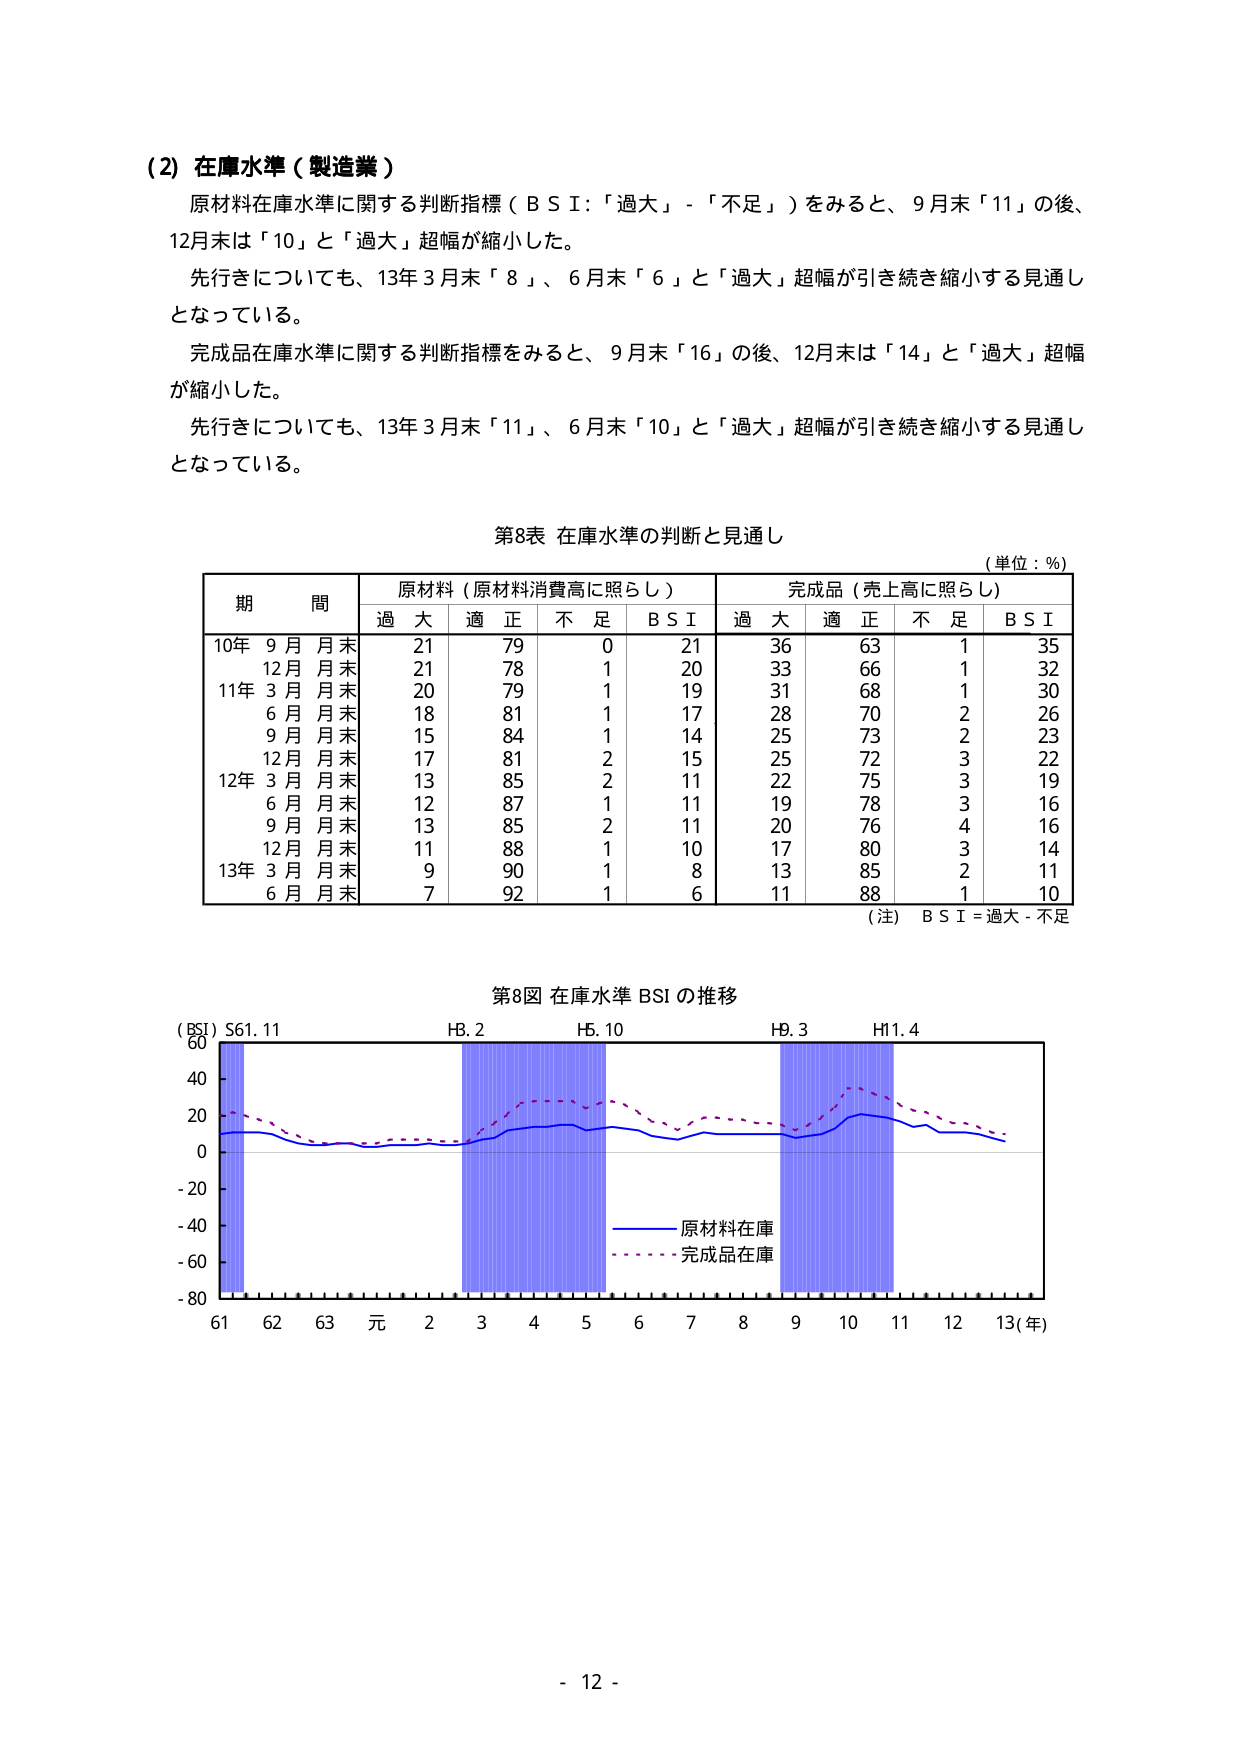
(2) 在庫水準（製造業）

原材料在庫水準に関する判断指標（ＢＳＩ：「過大」－「不足」）をみると、9月末「11」の後、
12月末は「10」と「過大」超幅が縮小した。

先行きについても、13年3月末「8」、6月末「6」と「過大」超幅が引き続き縮小する見通し
となっている。

完成品在庫水準に関する判断指標をみると、9月末「16」の後、12月末は「14」と「過大」超幅
が縮小した。

先行きについても、13年3月末「11」、6月末「10」と「過大」超幅が引き続き縮小する見通し
となっている。

第8表 在庫水準の判断と見通し
（単位：％）

期 間 原材料（原材料消費高に照らし） 完成品（売上高に照らし）
過大 適正 不足 ＢＳＩ 過大 適正 不足 ＢＳＩ
10年 9月 月末 21 79 0 21 36 63 1 35
12月 月末 21 78 1 20 33 66 1 32
11年 3月 月末 20 79 1 19 31 68 1 30
6月 月末 18 81 1 17 28 70 2 26
9月 月末 15 84 1 14 25 73 2 23
12月 月末 17 81 2 15 25 72 3 22
12年 3月 月末 13 85 2 11 22 75 3 19
6月 月末 12 87 1 11 19 78 3 16
9月 月末 13 85 2 11 20 76 4 16
12月 月末 11 88 1 10 17 80 3 14
13年 3月 月末 9 90 1 8 13 85 2 11
6月 月末 7 92 1 6 11 88 1 10

（注）ＢＳＩ＝過大－不足

第8図 在庫水準 BSI の推移

（BSI）S61.11 H8.2 H5.10 H9.3 H11.4
60
40
20
0
-20
-40
-60
-80
61 62 63 元 2 3 4 5 6 7 8 9 10 11 12 13(年)

―――― 原材料在庫
・・・・・・ 完成品在庫

- 12 -